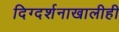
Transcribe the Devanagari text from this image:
दिग्दर्शनाखालीही